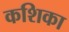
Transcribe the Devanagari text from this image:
कशिका